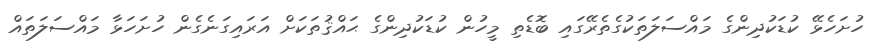
ހުށަހެޅޭ ކުޑަކުދިންގެ މައްސަލަތަކުގެތެރޭގައި ބޮޑެތި މީހުން ކުޑަކުދިންގެ ޙައްޤުތަކަށް އަރައިގަނެގެން ހުށަހަޅާ މައްސަލަތައް